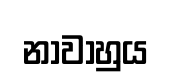
නාවාහුය